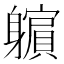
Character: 𲄮